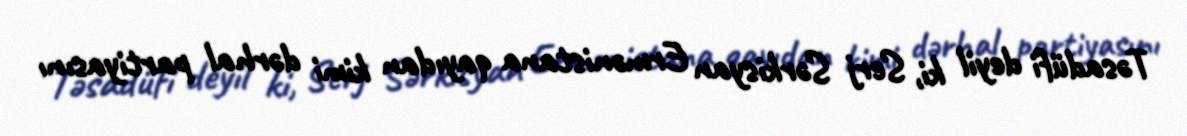
Təsadüfi deyil ki, Serj Sərkisyan Ermənistana qayıdan kimi dərhal partiyasını